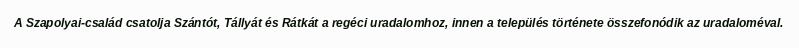
A Szapolyai-család csatolja Szántót, Tállyát és Rátkát a regéci uradalomhoz, innen a település története összefonódik az uradaloméval.